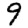
Digit: 9